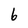
Character: 6